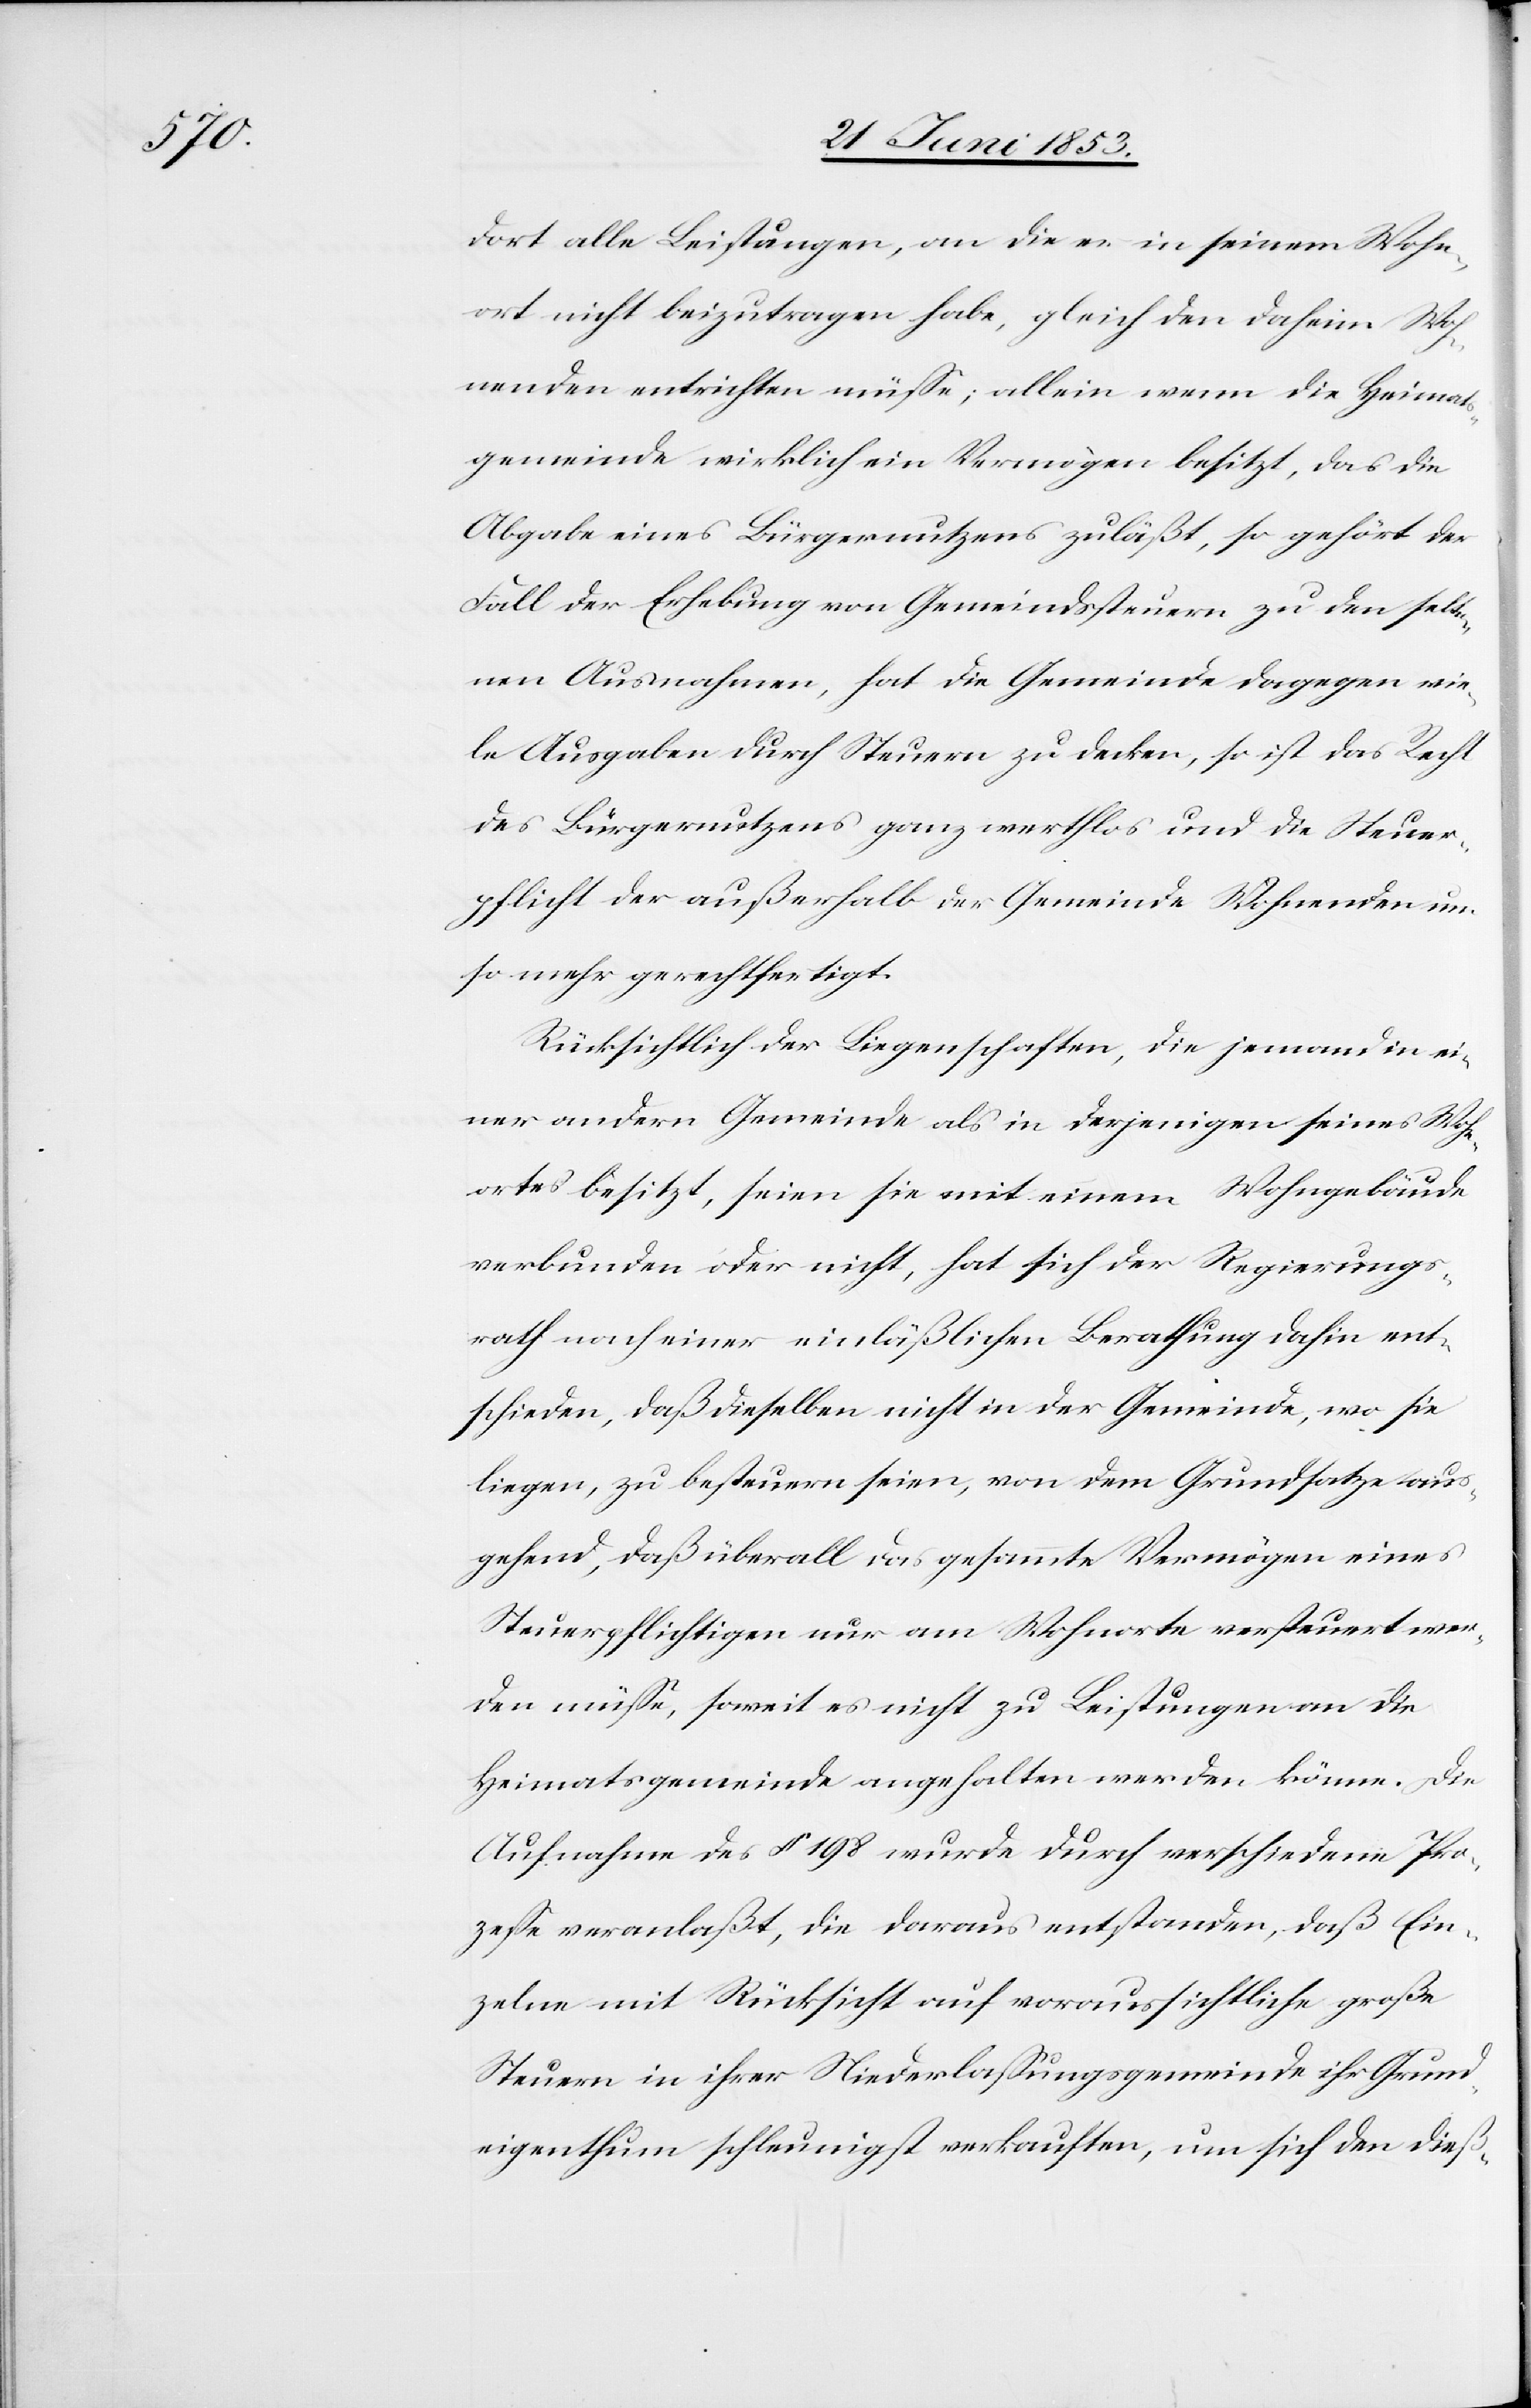
dort alle Leistungen, an die er in seinem Wohn¬
ort nicht beizutragen habe, gleich den daheim Woh¬
nenden entrichten müße; allein wenn die Heimats¬
gemeinde wirklich ein Vermögen besitzt, das die
Abgabe eines Bürgernutzens zuläßt, so gehört der
Fall der Erhebung von Gemeindssteuern zu den selte¬
nen Ausnahmen, hat die Gemeinde dagegen vie¬
le Ausgaben durch Steuern zu decken, so ist das Recht
des Bürgernutzens ganz werthlos und die Steuer¬
pflicht der außerhalb der Gemeinde Wohnenden um¬
so mehr gerechtfertigt.
Rücksichtlich der Liegenschaften, die jemand in ei¬
ner andern Gemeinde als in derjenigen seines Wohn¬
ortes besitzt, seien sie mit einem Wohngebäude
verbunden oder nicht, hat sich der Regierungs¬
rath nach einer einläßlichen Berathung dahin ent¬
schieden, daß dieselben nicht in der Gemeinde, wo sie
liegen, zu besteuern seien, von dem Grundsatze aus¬
gehend, daß überall das gesammte Vermögen eines
Steuerpflichtigen nur am Wohnorte versteuert wer¬
den müße, soweit es nicht zu Leistungen die
Heimatsgemeinde angehalten werden könne. Die
Aufnahme des § 198 wurde durch verschiedene Pro¬
zeße veranlaßt, die daraus entstanden, daß Ein¬
zelne mit Rücksicht auf voraussichtliche große
Steuern in ihrer Niederlaßungsgemeinde ihr Grund¬
eigenthum schleunigst verkauften, um sich den dieß-